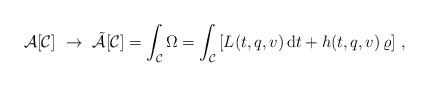
LaTeX: \begin{align*}{\cal A}[{\cal C}]\,\,\rightarrow\,\,\tilde{\cal A}[{\cal C}]=\int_{\cal C}\Omega=\int_{\cal C}\left[ L(t,q,v)\,\mbox{d}t+h(t,q,v)\,\varrho\right]\,,\end{align*}